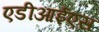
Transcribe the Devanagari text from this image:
एडीआईएस